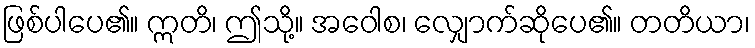
ဖြစ်ပါပေ၏။ ဣတိ၊ ဤသို့။ အဝေါစ၊ လျှောက်ဆိုပေ၏။ တတိယာ၊